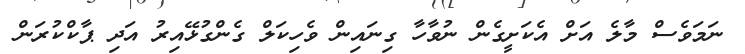
ނަމަވެސް މާލެ އަށް އެކަށީގެން ނުވާހާ ގިނައިން ވެހިކަލް ގެންގުޅޭއިރު އަދި ޕާކްކުރަން